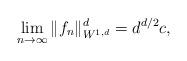
LaTeX: \begin{align*}\lim_{n\to \infty} \|f_n\|_{W^{1,d}}^d = d^{d/2}c,\end{align*}